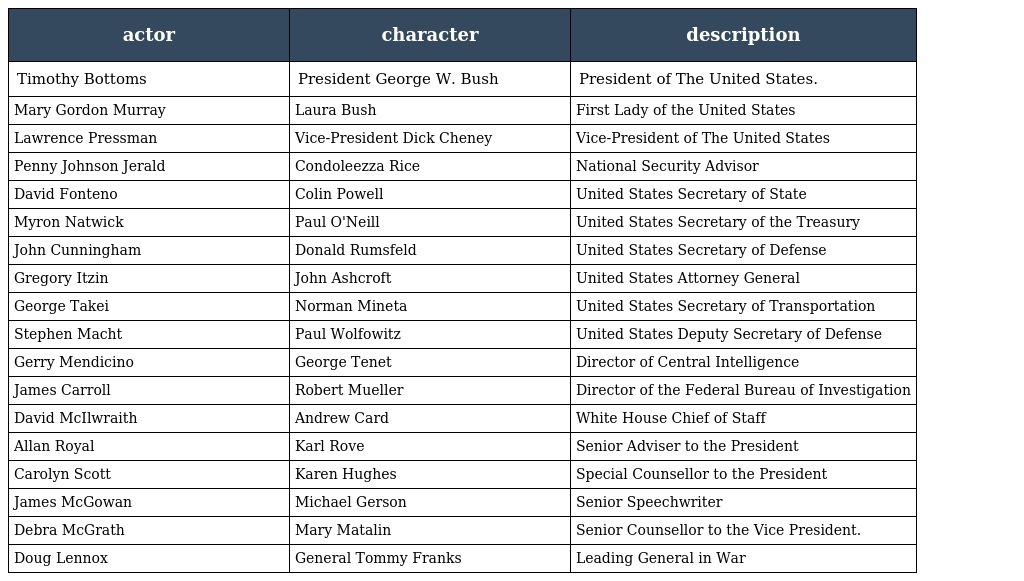
| actor | character | description |
 | --- | --- | --- |
 | Timothy Bottoms | President George W. Bush | President of The United States. |
 | Mary Gordon Murray | Laura Bush | First Lady of the United States |
 | Lawrence Pressman | Vice-President Dick Cheney | Vice-President of The United States |
 | Penny Johnson Jerald | Condoleezza Rice | National Security Advisor |
 | David Fonteno | Colin Powell | United States Secretary of State |
 | Myron Natwick | Paul O'Neill | United States Secretary of the Treasury |
 | John Cunningham | Donald Rumsfeld | United States Secretary of Defense |
 | Gregory Itzin | John Ashcroft | United States Attorney General |
 | George Takei | Norman Mineta | United States Secretary of Transportation |
 | Stephen Macht | Paul Wolfowitz | United States Deputy Secretary of Defense |
 | Gerry Mendicino | George Tenet | Director of Central Intelligence |
 | James Carroll | Robert Mueller | Director of the Federal Bureau of Investigation |
 | David McIlwraith | Andrew Card | White House Chief of Staff |
 | Allan Royal | Karl Rove | Senior Adviser to the President |
 | Carolyn Scott | Karen Hughes | Special Counsellor to the President |
 | James McGowan | Michael Gerson | Senior Speechwriter |
 | Debra McGrath | Mary Matalin | Senior Counsellor to the Vice President. |
 | Doug Lennox | General Tommy Franks | Leading General in War |